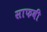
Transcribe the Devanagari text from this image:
साफवी